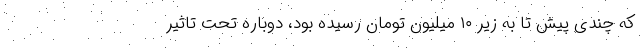
که چندی پیش تا به زیر ۱۰ میلیون تومان رسیده بود، دوباره تحت تاثیر